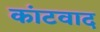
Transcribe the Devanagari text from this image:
कांटवाद